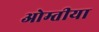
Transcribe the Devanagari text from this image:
ओम्तीया